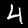
Label: 4